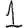
Digit: 1